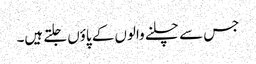
جس سے چلنے والوں کے پاؤں جلتے ہیں۔